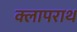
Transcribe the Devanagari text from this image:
क्लापराथ